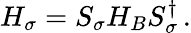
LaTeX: H_{\sigma}=S_{\sigma}H_{B}S_{\sigma}^{\dagger}\, .